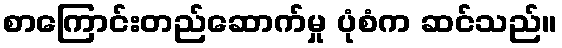
စာကြောင်းတည်ဆောက်မှု ပုံစံက ဆင်သည်။